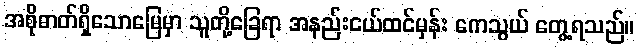
အစိုဓာတ်ရှိသောမြေမှာ သူတို့ခြေရာ အနည်းငယ်ထင်မှန်း ကေသွယ် တွေ့ရသည်။